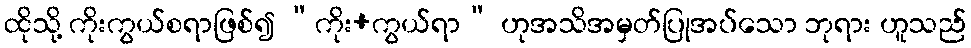
ထိုသို့ ကိုးကွယ်စရာဖြစ်၍ “ကိုး+ကွယ်ရာ” ဟုအသိအမှတ်ပြုအပ်သော ဘုရား ဟူသည်